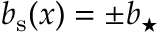
\ensuremath { b _ { \mathrm { s } } } ( x ) = \pm \ensuremath { b _ { \star } }